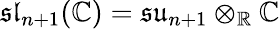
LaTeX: \mathfrak{sl}_{n+1}(\mathbb{C})=\mathfrak{su}_{n+1}\otimes_{\mathbb{R}}\mathbb{C}